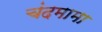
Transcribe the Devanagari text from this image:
चंदमामा